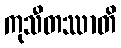
ကုသီတဿာတိ